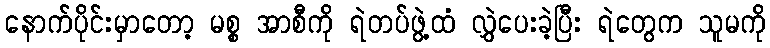
နောက်ပိုင်းမှာတော့ မစ္စ အာစီကို ရဲတပ်ဖွဲ့ထံ လွှဲပေးခဲ့ပြီး ရဲတွေက သူမကို